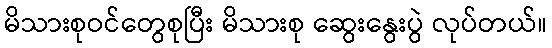
မိသားစုဝင်တွေစုပြီး မိသားစု ဆွေးနွေးပွဲ လုပ်တယ်။